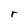
Character: r